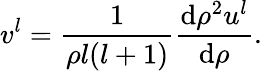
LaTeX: v^{l}=\frac{1}{\rho l(l+1)}\frac{\mathrm{d}\rho^{2}u^{l}}{\mathrm{d}\rho}.